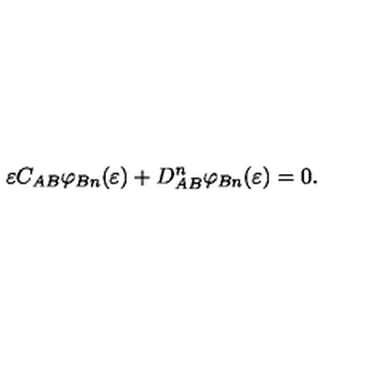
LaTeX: \varepsilon C _ { A B } \varphi _ { B n } ( \varepsilon ) + D _ { A B } ^ { n } \varphi _ { B n } ( \varepsilon ) = 0 .